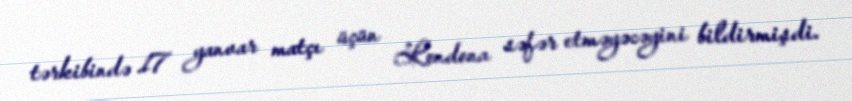
tərkibində 17 yanvar matçı üçün Londona səfər etməyəcəyini bildirmişdi.